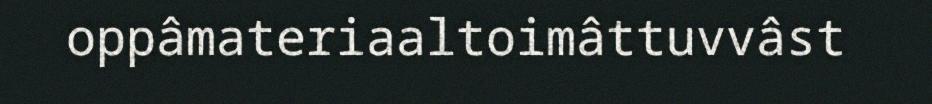
oppâmateriaaltoimâttuvvâst